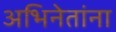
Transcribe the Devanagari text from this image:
अभिनेतांना